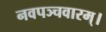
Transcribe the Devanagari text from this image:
नवपञ्चवारम्।